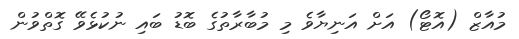
މުއާޒް (އޮޓޯ) އަށް އަނިޔާވެ މި މުބާރާތުގެ ބޮޑު ބައި ނުކުޅެވޭ ގޮތްވުން